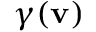
{ \gamma } ( \mathbf { v } )